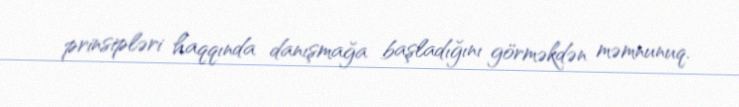
prinsipləri haqqında danışmağa başladığını görməkdən məmnunuq.